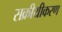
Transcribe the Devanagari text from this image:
सक्रीयीकरण